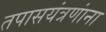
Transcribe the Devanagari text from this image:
तपासयंत्रणांना